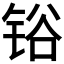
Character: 𰾆